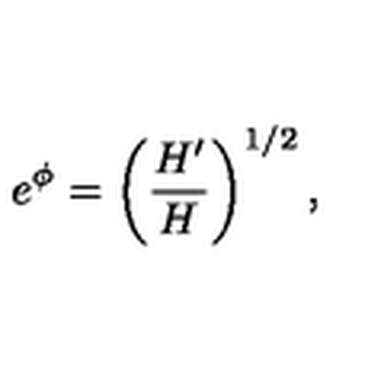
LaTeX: e ^ { \phi } = \left( \frac { H ^ { \prime } } { H } \right) ^ { 1 / 2 } ,